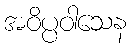
အဝိပ္ပဝါသေန